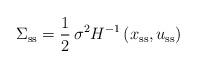
LaTeX: \begin{align*}\Sigma_\mathrm{ss}=\frac{1}{2}\,\sigma^2H^{-1}\left(x_\mathrm{ss},u_\mathrm{ss}\right)\end{align*}